Triennial report on the lunatic asylums in the province of Eastern Bengal and Assam - 1903-1911
Year: 1903
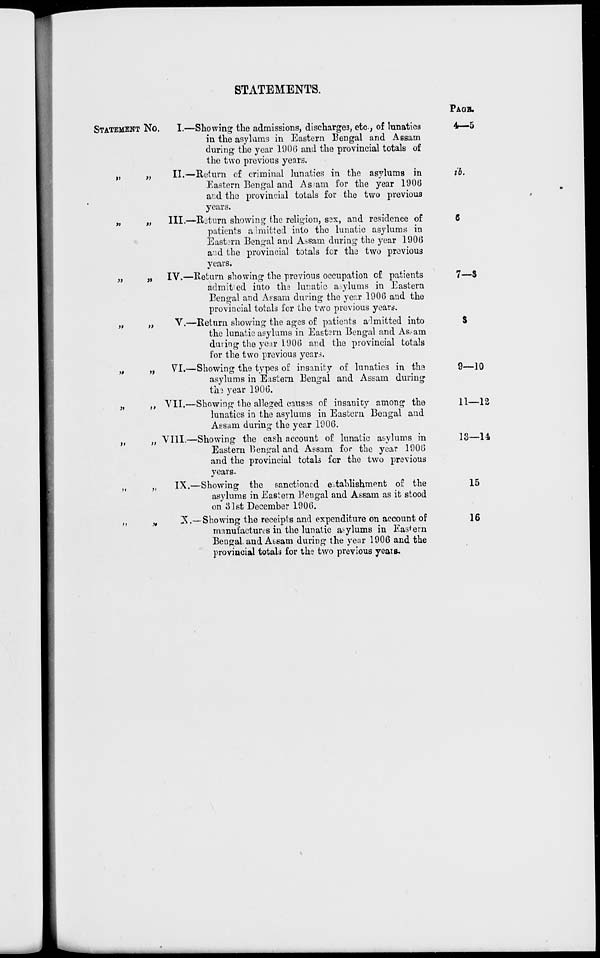
STATEMENTS.
STATEMENT No.
„
„
„ „
„ „
„ „
„ „
„ „
„ „
„ „
„ „
I.—Showing the admissions, discharges, etc, of lunatics
in the asylums in Eastern Bengal and Assam
during the year 1906 and the provincial totals of
the two previous years.
II.—Return of criminal lunatics in the asylums in
Eastern Bengal and Assam, for the year 1906
and the provincial totals for the two previous
years.
III.—Return showing the religion, sex, and residence of
patients admitted into the lunatic asylums in
Eastern Bengal and Assam during the year 1906
and the provincial totals for the two previous
years.
IV.—Return showing the previous occupation of patients
admitted into the lunatic asylums in Eastern
Bengal and Assam during the year 1906 and the
provincial totals for the two previous years.
V.—Return showing the ages of patients admitted into
the lunatic asylums in Eastern Bengal and Assam
during the year 1906 and the provincial totals
for the two previous years.
VI.—Showing the types of insanity of lunatics in the
asylums in Eastern Bengal and Assam during
the year 1906.
VII.—Showing the alleged causes of insanity among the
lunatics in the asylums in Eastern Bengal and
Assam during the year 1906.
VIII.—Showing the cash account of lunatic asylums in
Eastern Bengal and Assam for the year 1906
and the provincial totals for the two previous
years.
IX.—Showing the sanctioned establishment of the
asylums in Eastern Bengal and Assam as it stood
on 31st December 1906.
X.—Showing the receipts and expenditure on account of
manufactures in the lunatic asylums in Eastern
Bengal and Assam during the year 1906 and the
provincial totals for the two previous years.
PAGE.
4—5
ib.
6
7—8
8
9—10
11—12
13—14.
15
16